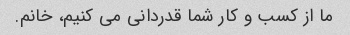
ما از کسب و کار شما قدردانی می کنیم، خانم.